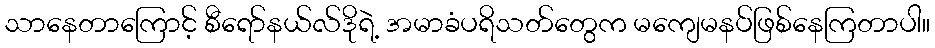
သာနေတာကြောင့် စီရော်နယ်လ်ဒိုရဲ့ အမာခံပရိသတ်တွေက မကျေမနပ်ဖြစ်နေကြတာပါ။